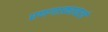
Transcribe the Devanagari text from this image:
रणगाड्यावरचे